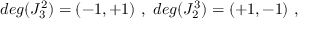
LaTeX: d e g ( J _ { 3 } ^ { 2 } ) = ( - 1 , + 1 ) \ , \ d e g ( J _ { 2 } ^ { 3 } ) = ( + 1 , - 1 ) \ ,